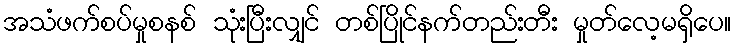
အသံဖက်စပ်မှုစနစ် သုံးပြီးလျှင် တစ်ပြိုင်နက်တည်းတီး မှုတ်လေ့မရှိပေ။